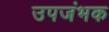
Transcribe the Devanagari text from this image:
उपजंभक